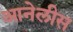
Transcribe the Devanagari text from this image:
आनेलीस